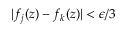
| f _ { j } ( z ) - f _ { k } ( z ) | < \epsilon / 3